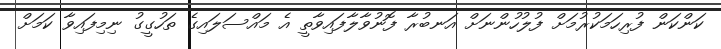
ކަންކަން ފުރިހަމަކުރުމަށް ފުލުހުންނަށް އަނބުރާ ފޮނުވާލާފައިވާތީ އެ މައްސަލައިގެ ތަހުގީގު ނިމިފައިވާ ކަމަށް